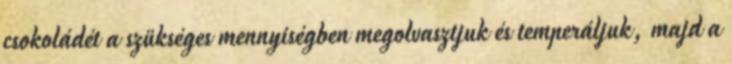
csokoládét a szükséges mennyiségben megolvasztjuk és temperáljuk, majd a